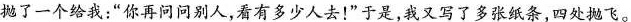
抛了一个给我：”你再问问别人，看有多少人去！”于是，我义写了多张纸条，四处抛飞。